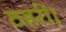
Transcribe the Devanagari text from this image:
ठहरीं।